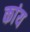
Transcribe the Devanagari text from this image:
कांय